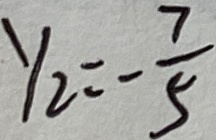
y _ { 2 } = - \frac { 7 } { 5 }